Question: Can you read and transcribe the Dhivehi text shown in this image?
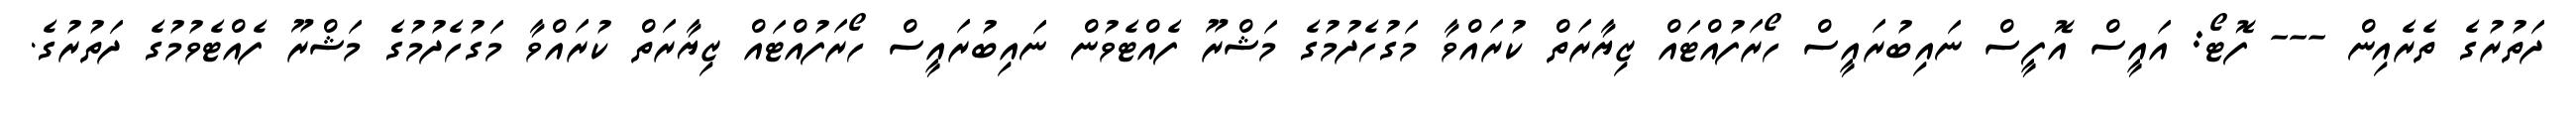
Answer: ދަތުރުގެ ތެރެއިން --- ފޮޓޯ: އައީސް އޮފީސް ނައިބުރައީސް ހޯރަފުއްޓައް ޒިޔާރަތް ކުރައްވާ މަގުހެދުމުގެ މަޝްރޫ ފެއްޓެވުން ނައިބުރައީސް ހޯރަފުއްޓައް ޒިޔާރަތް ކުރައްވާ މަގުހެދުމުގެ މަޝްރޫ ފެއްޓެވުމުގެ ދަތުރުގެ.